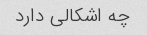
چه اشکالی دارد